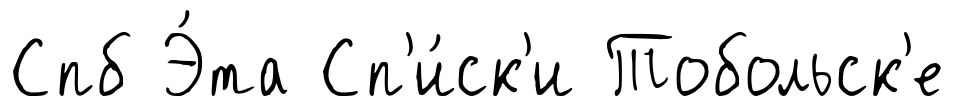
Спб Э́та Сп'и́ск'и Тобольск'е